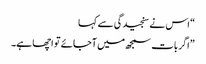
“ اس نے سنجیدگی سے کہا
”اگر بات سمجھ میں آجائے تو اچھا ہے۔